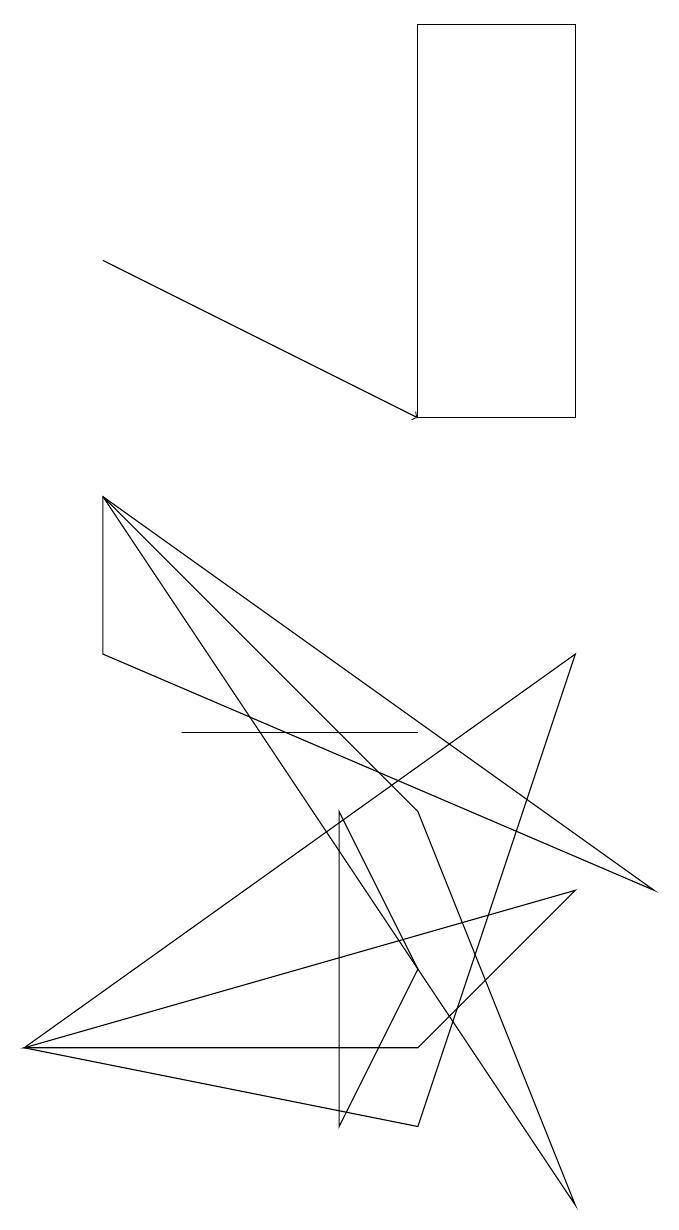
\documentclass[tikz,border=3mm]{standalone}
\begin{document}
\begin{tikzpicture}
\draw (8,0) -- (6,5) -- (2,9) -- cycle;
\draw (2,9) -- (2,7) -- (9,4) -- cycle;
\draw (8,7) -- (1,2) -- (6,1) -- cycle;
\draw (1,2) -- (8,4) -- (6,2) -- cycle;
\draw[->] (2,12) -- (6,10);
\draw (3,6) -- (3,6) -- (6,6) -- cycle;
\draw (8,10) rectangle (6,15);
\draw (5,1) -- (6,3) -- (5,5) -- cycle;
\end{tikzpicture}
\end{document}